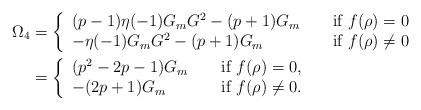
LaTeX: \begin{align*}\Omega_4 & = \left\{\begin{array}{lll}(p-1 )\eta(-1) G_m G^2 -(p+1)G_m& &\textup{ if } f(\rho)=0\\-\eta(-1) G_m G^2 -(p+1) G_m & & \textup{ if } f(\rho) \neq 0\end{array} \right.\\& = \left\{\begin{array}{lll}(p^2-2p-1 ) G_m & &\textup{ if } f(\rho)=0,\\-(2p+1) G_m & & \textup{ if } f(\rho) \neq 0.\end{array} \right.\end{align*}